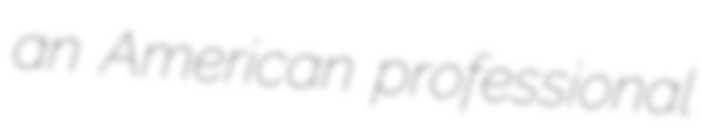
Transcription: an American professional